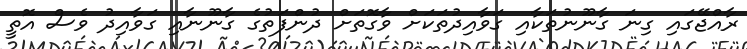
ރާއްޖޭގައި ގިނަ ގާނޫނުތަކާއި ގަވާއިދުތަކަށް ވާގޮތަށް ދުންފަތުގެ ގާނޫނާއި ގަވާއިދު ވެސް އޮތީ